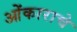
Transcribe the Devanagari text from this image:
ओंकाराचे